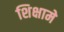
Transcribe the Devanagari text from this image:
शिक्षामे